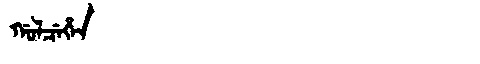
Manchu: ᡤᠣᠯᠴᡝᡥᡝᠨ
Romanization: GOLCEHEN